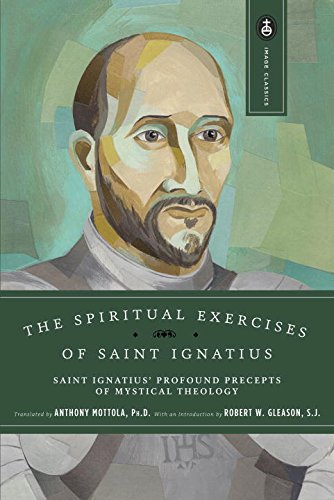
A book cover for The Spiritual Exercises of Saint Ignatius (Image Classics); St. Ignatius of Loyola; Christian Books & Bibles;